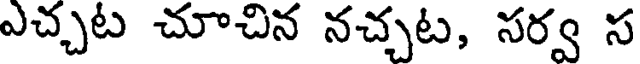
ఎచ్చట చూచిన నచ్చట, సర్వ స